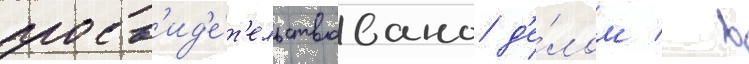
засв'ид'е́т'ельствовано д'е́лом / в